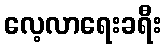
လေ့လာရေးခရီး